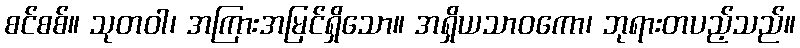
စင်စစ်။ သုတဝါ၊ အကြားအမြင်ရှိသော။ အရှိယသာဝကော၊ ဘုရားတပည့်သည်။